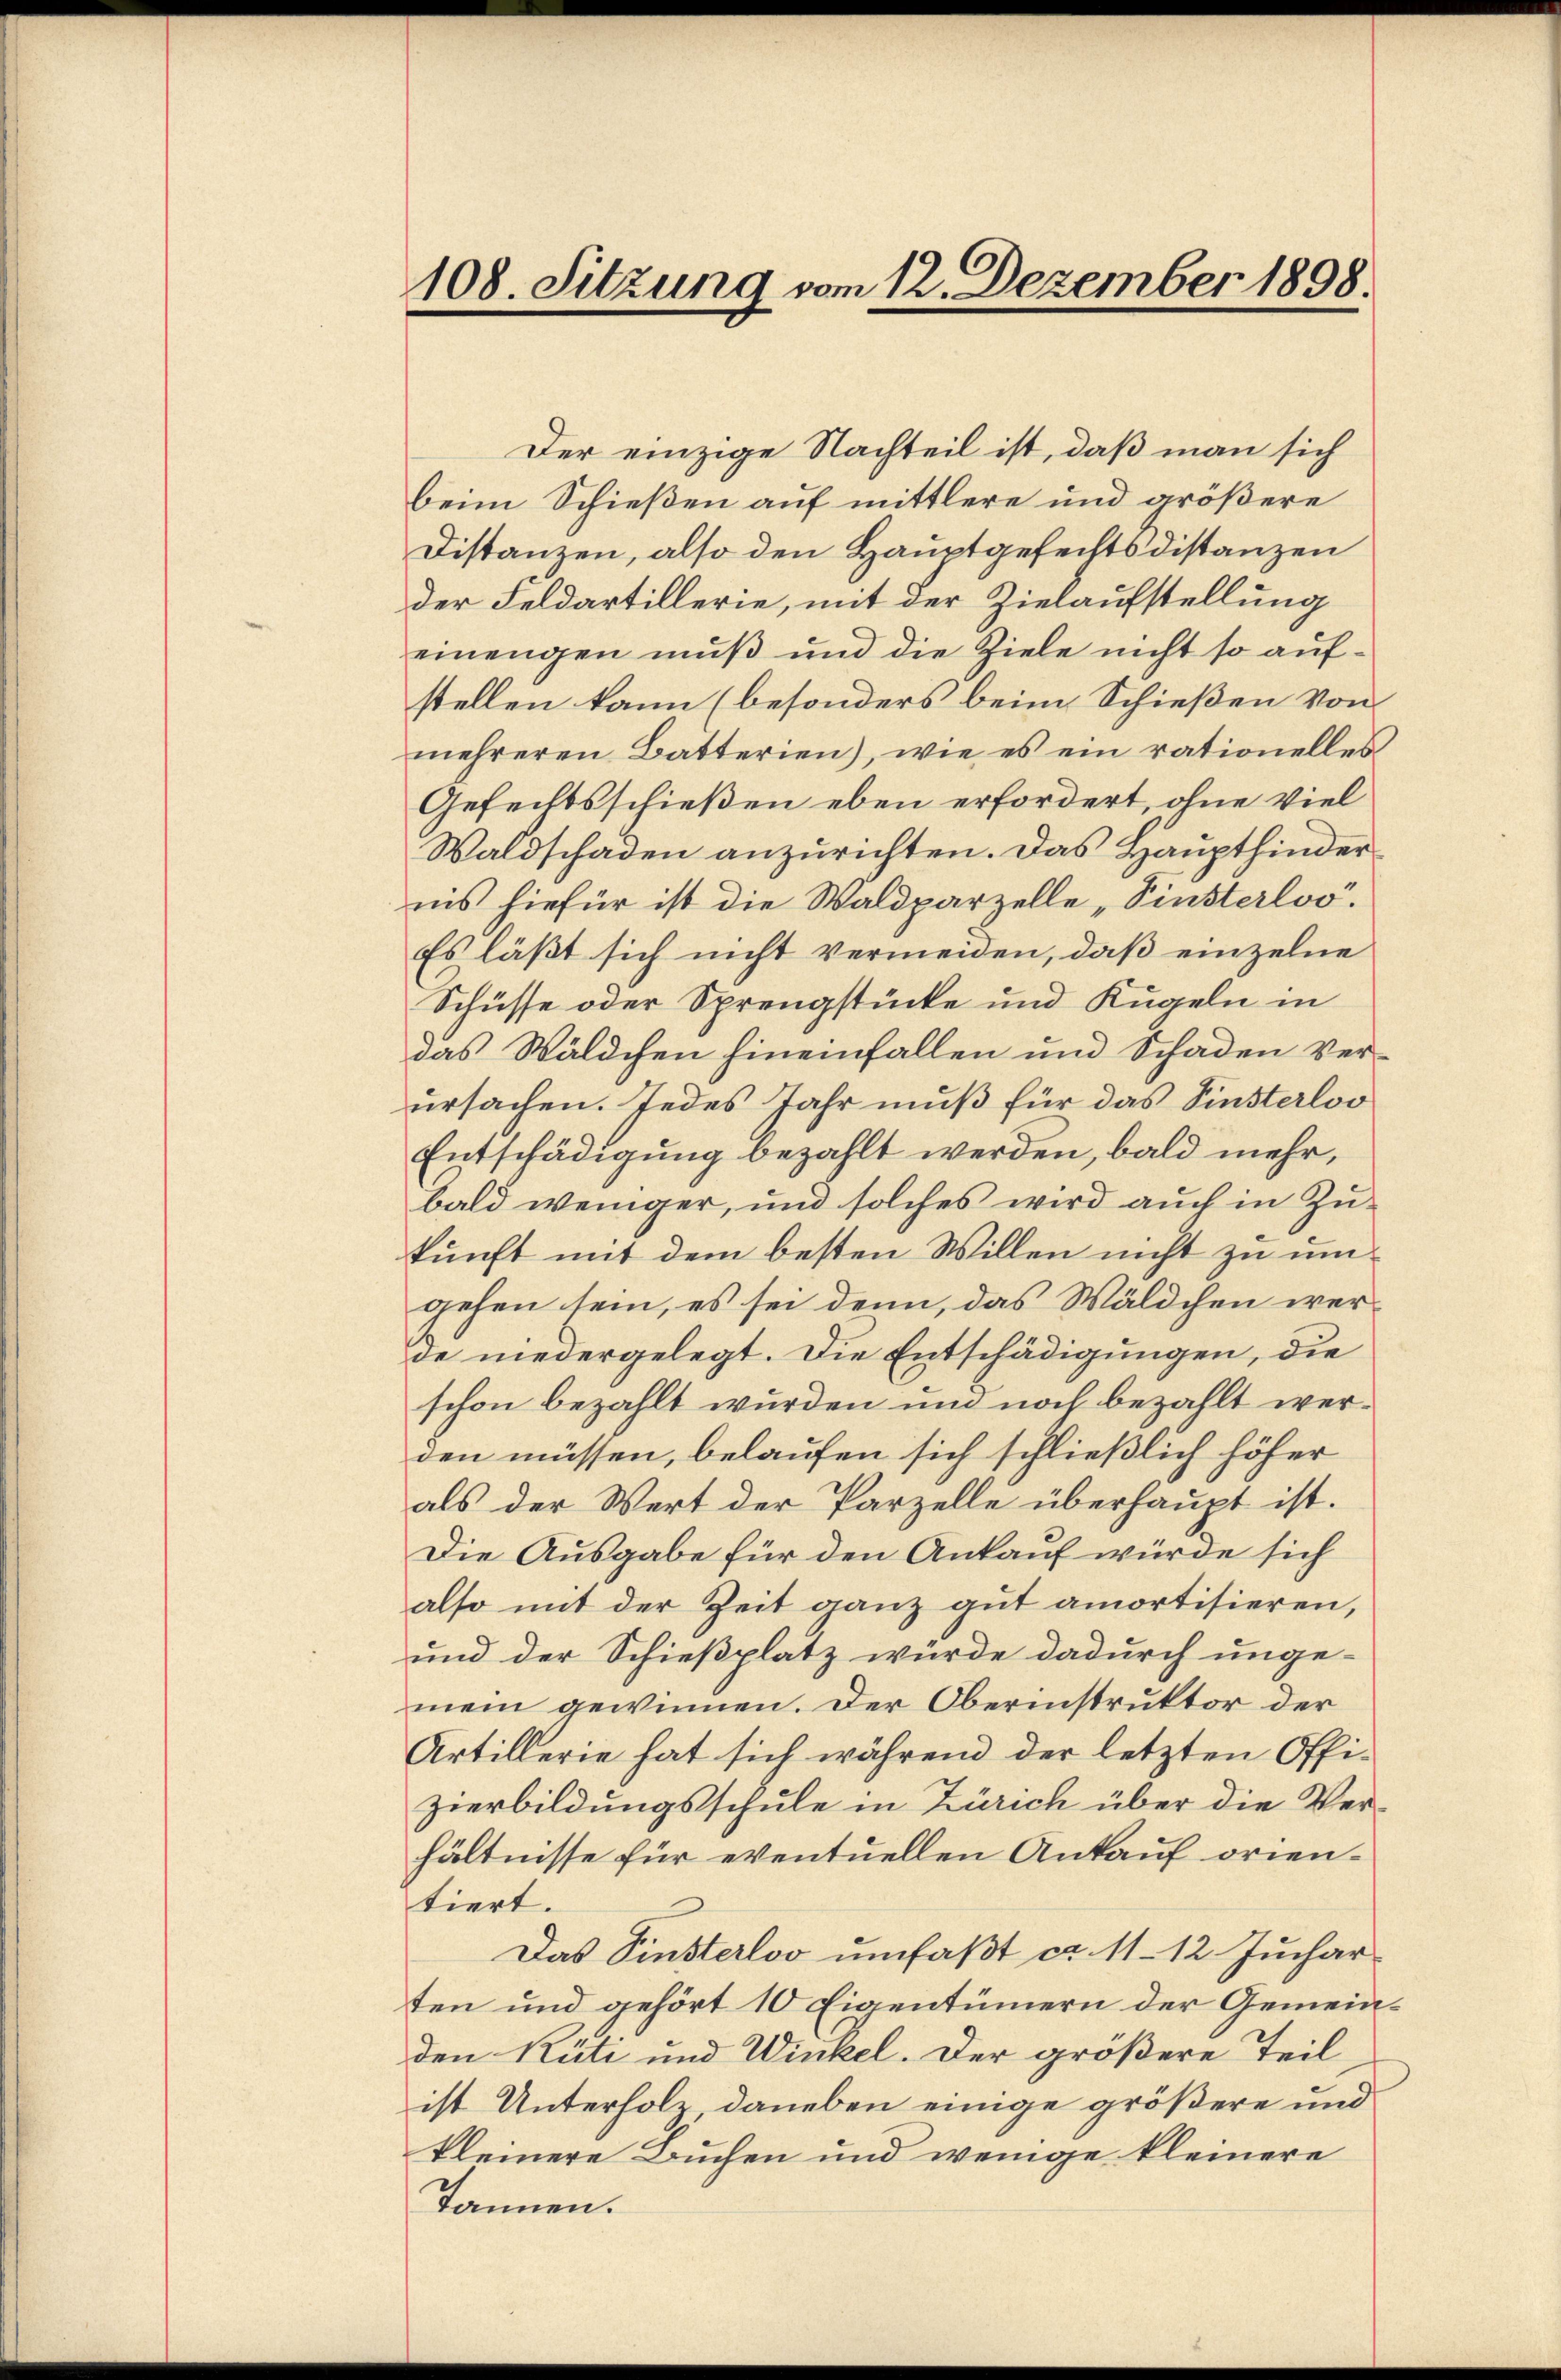
108. Sitzung vom 12. Dezember 1898.

Der einzige Nachteil ist, daß man sich
beim Schießen auf mittlere und größere
Distanzen, also den Hauptgefechtsdistanzen
der Feldartillerie, mit der Zielaufstellung
einengen muß und die Ziele nicht so aufstellen kann (besonders beim Schießen von
mehreren Batterien), wie es ein rationelles¬
Gefechtsschießen eben erfordert, ohne viel
Waldschaden anzurichten. Das Haupthinderins hiefür ist die Waldparzelle „Pinsterloo.
Es läßt sich nicht vermeiden, daß einzelne
Schüsse oder Sprengstücke und Kugeln in
das Wäldchen hineinfallen und Schaden Ver-
ursachen. Jedes Jahr muß für das Finsterloo
Entschädigung bezahlt werden, bald mehr,
bald weniger, und solches wird auch in Zukunft mit dem besten Willen nicht zu umgehen sein, es sei denn, das Wäldchen werde niedergelegt. Die Entschädigungen, die
schon bezahlt wurden und noch bezahlt werden müssen, belaufen sich schließlich höher
als der Wert der Parzelle überhaupt ist.
Die Ausgabe für den Ankauf würde sich
also mit der Zeit ganz gut amortisieren,
und der Schießplatz würde dadurch unge-
mein gewinnen. Der Oberinstruktor der
Artillerie hat sich während der letzten Offi-
zierbildungsschule in Zürich über die Verhältnisse für eventuellen Ankauf orientiert.
Das Pinsterloo umfaßt ca 11 - 12. Juchar
ten und gehört 10 Eigentümern der Gemeinden Rüti und Winkel. Der größere Teil-
ist Unterholz, daneben einige größere und
kleinere Buchen und wenige kleinere
Tannen.